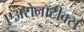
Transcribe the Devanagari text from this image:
एअरोनॉटीक्स